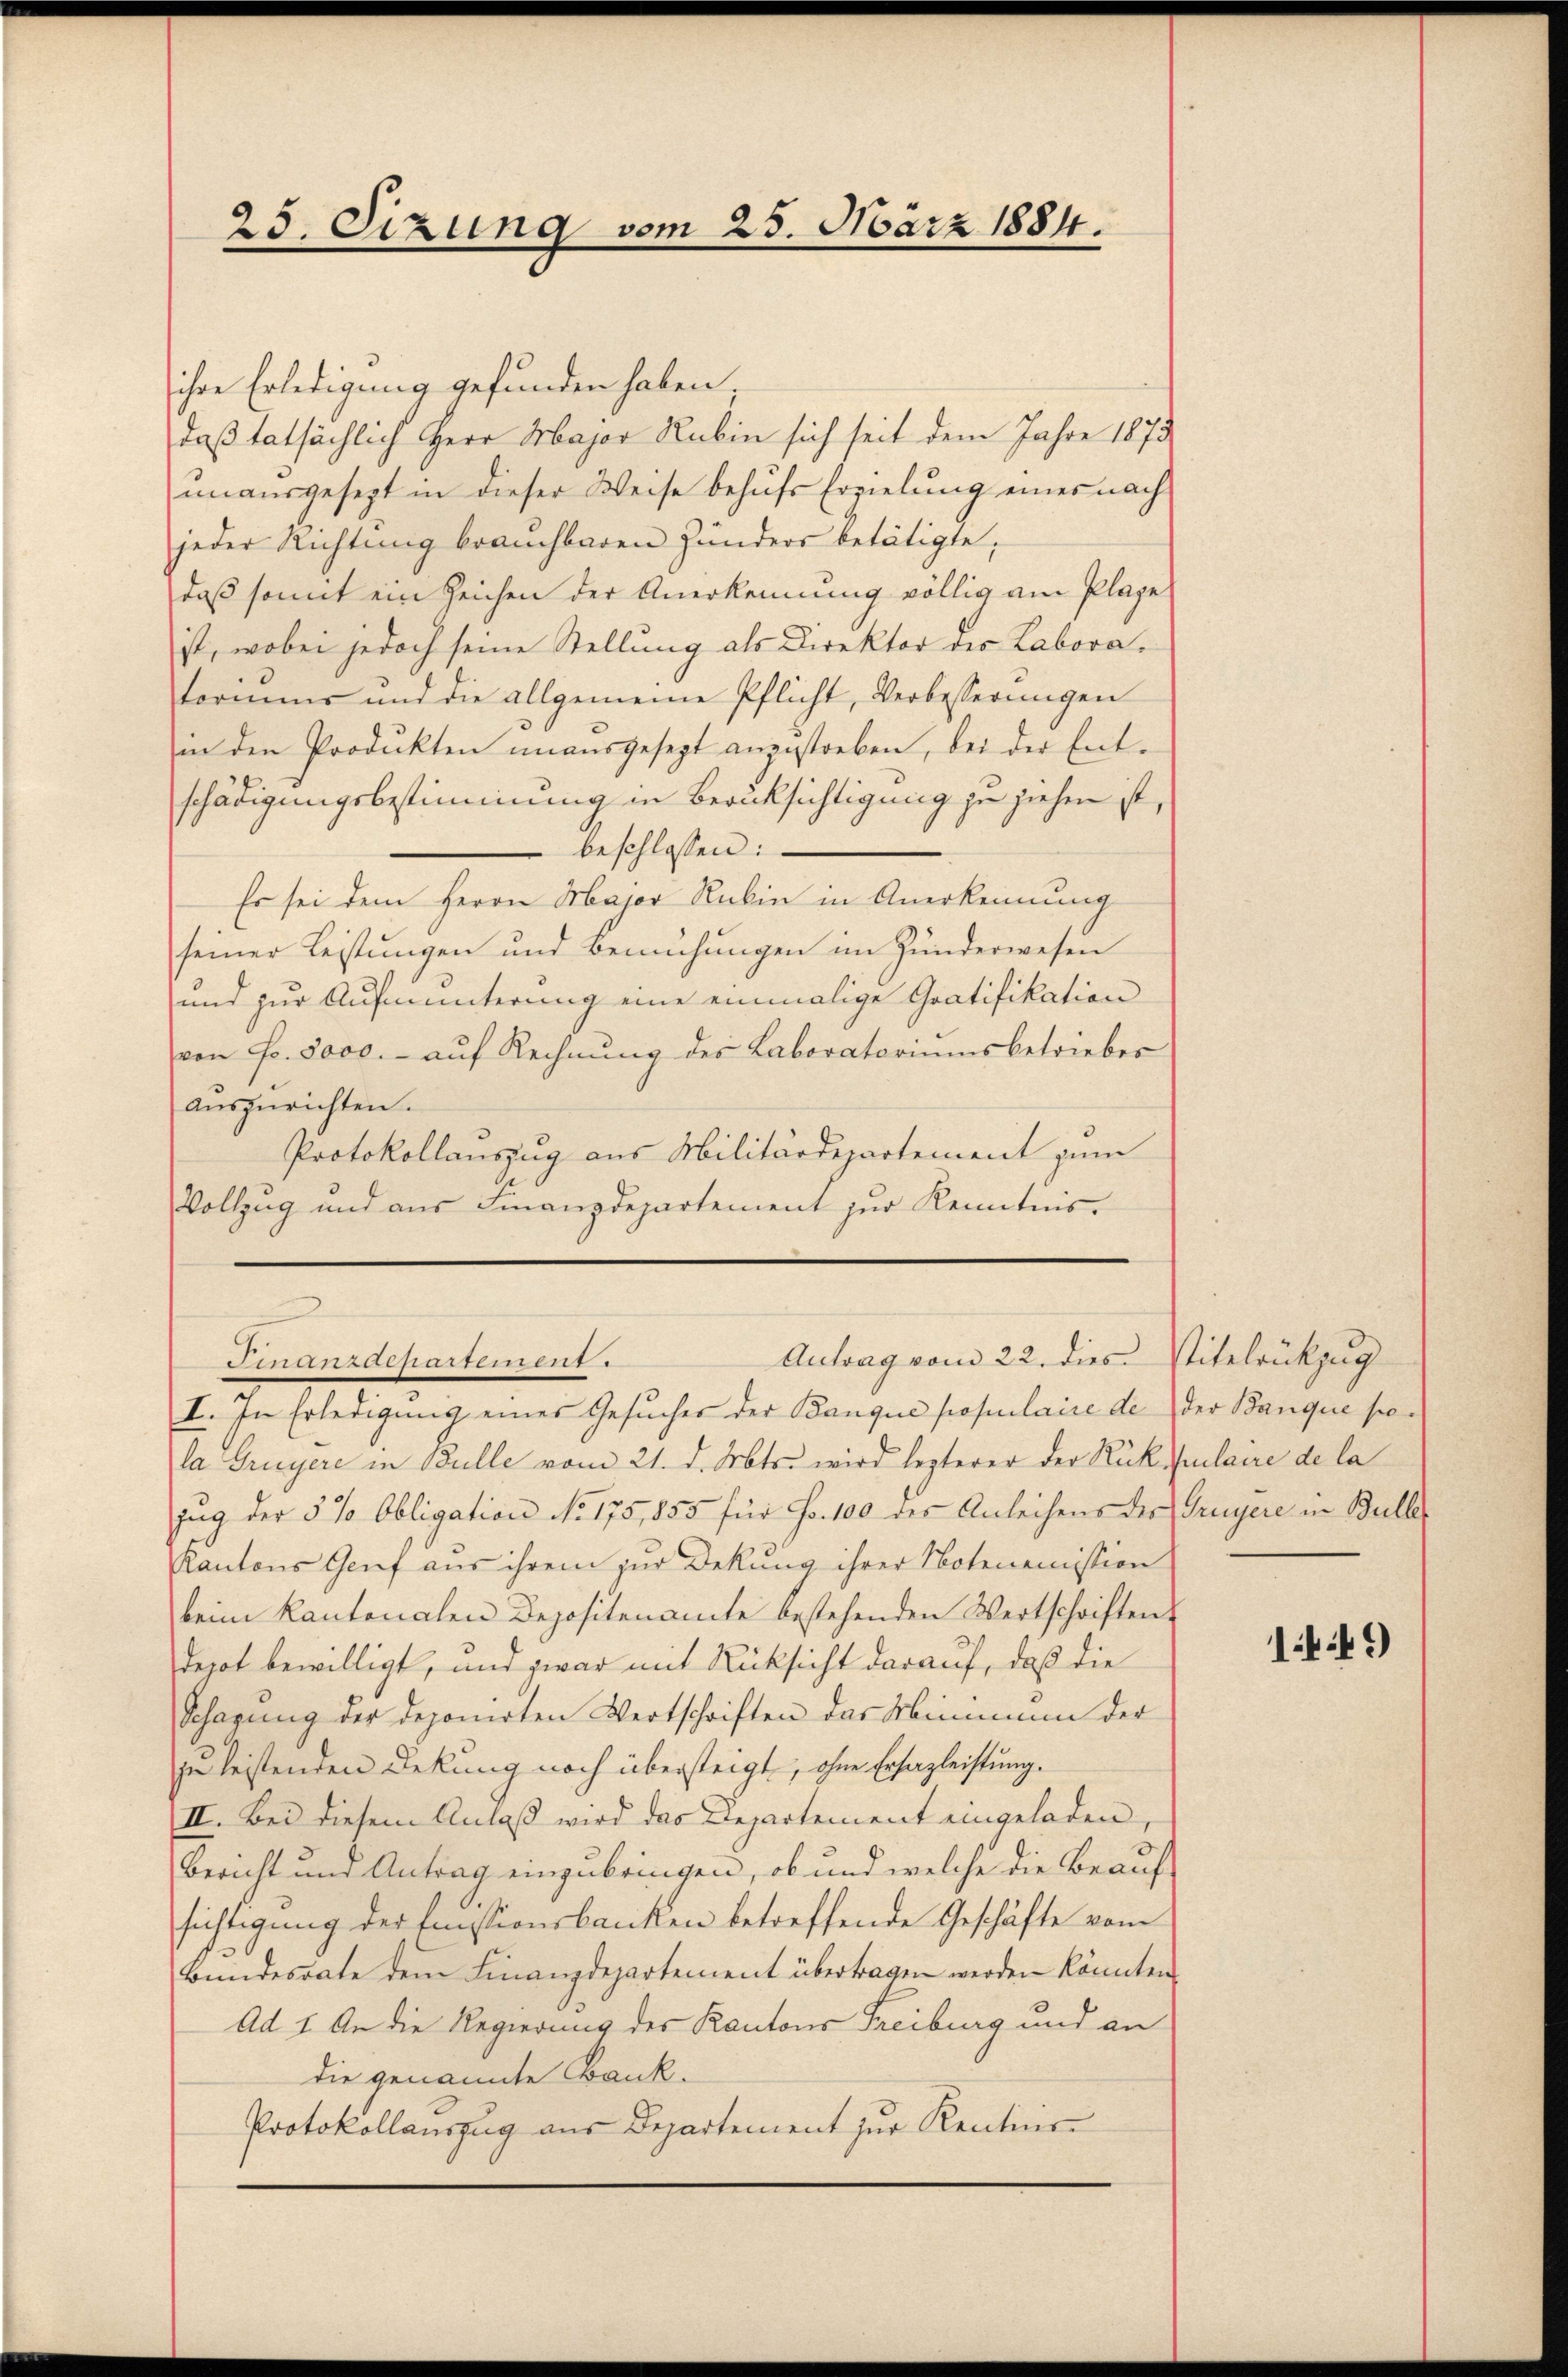
25. Sizung vom 25. März 1884.

ihre Erledigung gefunden haben
daß tatsächlich Herr Major Rubin sich seit dem Jahre 1873
ŭnaŭsgesetzt in dieser Weise behŭfs Erzielung eines nach
jeder Richtung brauchbaren Hunders betätigte,
daß somit ein Zeichen der Anerkennung völlig am Plage
ist, wobei jedoch seine Stellung als Direktor der Laboratorms und die allgemeine Pflicht, Verbesserungen
in den Produkten ŭnaŭsgesezt anzŭstorben, bei der Ent-
schädigungsbestimmung in Berüksichtigung zu ziehen ist,
beschlossen:
Es sei dem Herrn Major Rubin in Anerkennung
seiner Leistungen und Bemühungen im Hunderwesen
und zur Aufmunterung eine einmalige Gratifikation
von Fr. 5000.- auf Rechnung des Laboratoriums betrieber
auszurichten.
Protokollauszug aus Militärdepartement zum
Vollzug und aus Finanzdepartement zur Kenntnis-

Antrag vom 22. dies Titelrükzug
Frnunzachartement

la Greyere in Bulle vom 21. d. Mts. wird lezterer der Rük Culaire de la
zug der 5 % Obligation No 175, 855 für Fr. 100 des Anleihens des Gruyere in Buller
Kantons Genf aus ihrem zur Dekung ihrer Notenemission
beim Kantonalen Depositenamte bestehenden Wertschriften
depot bewilligt, und zwar mit Rücksicht darauf, daß die
Schazung der deponirten Wertschriften das Minimum der
zu leistenden Dekung noch übersteigt, ohne Erhazleistung.
II. Bei diesem Anlaß wird das Departement eingeladen,
Bericht und Antrag einzubringen, ob und welche die Beaufsichtigung der festionsbanken betreffende Geschäfte vom
Bŭndesrate dem Finanzdepartement übertragen werden könnten.
Ad 1. An die Regierung des Kantons Freiburg und an
die genannte Bank.
Protokollauszug aus Departement zur Rentine

I. In Erledigung eines Gesuches der Banque populaire de der Banque po¬

14.49)